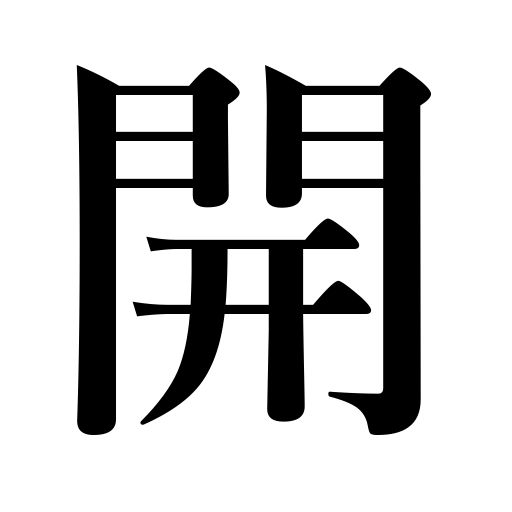
Meanings: be opened to traffic,open,enlighten  a country,bloom,become vacant,develop a town,become sensible,begin,clear the way,leave a space,become empty,opening,start,dawn,widen the space between,make a hole,expire,become modernized,grow,establish,differ,feel relief,untie,reserve a seat,be disengaged,be over,pioneer,unseal,become civilized,unroll,be open,stay away from,convene,end,have a margin,unfold,uncover,empty,clear land,be free,vacate,unpack,clear the table,commence